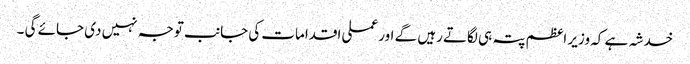
خدشہ ہے کہ وزیر اعظم پتہ ہی لگاتے رہیں گے اور عملی اقدامات کی جانب توجہ نہیں دی جائے گی ۔